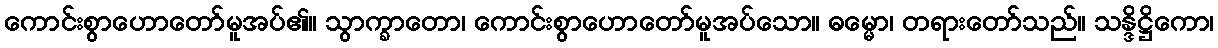
ကောင်းစွာဟောတော်မူအပ်၏။ သွာက္ခာတော၊ ကောင်းစွာဟောတော်မူအပ်သော။ ဓမ္မော၊ တရားတော်သည်။ သန္ဒိဋ္ဌိကော၊